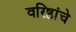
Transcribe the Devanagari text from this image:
वरिष्ठांचे